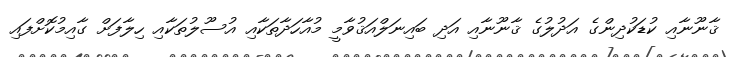
ޤާނޫނާއި ކުޑަކުދިންގެ އަދުލުގެ ޤާނޫނާއި އަދި ބައިނަލްއަޤުވާމީ މުއާހަދާތަކާއި އުސޫލުތަކާއި ހިލާފަށް ގާއިމުކޮށްފައި